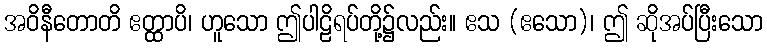
အဝိနီတောတိ ဧတ္ထာပိ၊ ဟူသော ဤပါဠိရပ်တို့၌လည်း။ ဧသ (ဧသော)၊ ဤ ဆိုအပ်ပြီးသော